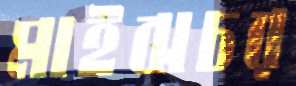
মাইঝচর